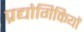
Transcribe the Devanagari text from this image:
प्रद्योगिकियों